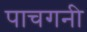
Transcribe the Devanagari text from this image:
पाचगनी